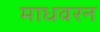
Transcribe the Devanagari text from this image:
माधवरन